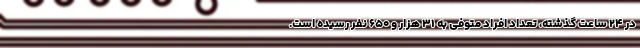
در ۲۴ ساعت گذشته، تعداد افراد متوفی به ۳۱ هزار و ۶۵۰ نفر رسیده است.